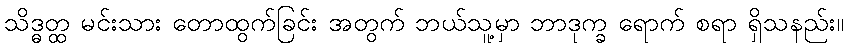
သိဒ္ဓတ္ထ မင်းသား တောထွက်ခြင်း အတွက် ဘယ်သူ့မှာ ဘာဒုက္ခ ရောက် စရာ ရှိသနည်း။